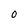
Character: o